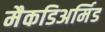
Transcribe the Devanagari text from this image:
मैकडिअर्मिड